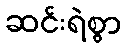
ဆင်းရဲစွာ